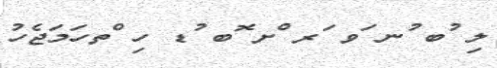
ލި ުބ ުނ ަވ ަރ ްށ ޮބ ުޑ ހި ްތހަމަޖެހު